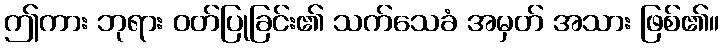
ဤကား ဘုရား ဝတ်ပြုခြင်း၏ သက်သေခံ အမှတ် အသား ဖြစ်၏။